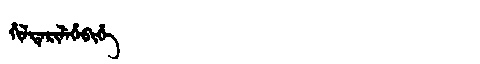
Manchu: ᡥᡳᠯᡨᡝᡵᡳᠯᡝᡥᡝᠪᡳᡥᡝ
Romanization: HILTERILEHEBIHE